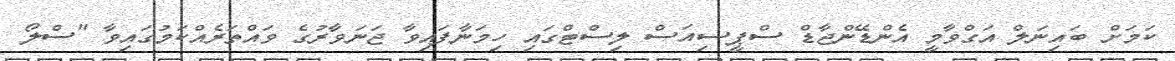
ކަމަށް ބައިނަލް އަގްވާމީ އެންޑޭންޖާޑް ސްޕީސިއަސް ލިސްޓްގައި ހިމަނާފައިވާ ޖަނަވާރުގެ ވައްތަރެއްކަމުގައިވާ "ސްލޯ